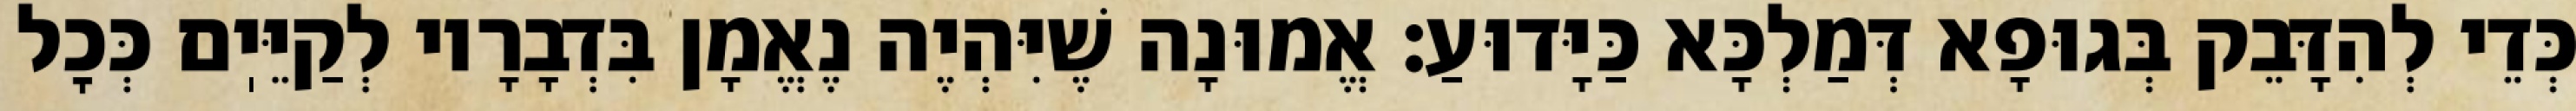
כְּדֵי לְהִדָּבֵק בְּגוּפָא דְּמַלְכָּא כַּיָּדוּעַ: אֱמוּנָה שֶׁיִּהְיֶה נֶאֱמָן בִּדְבָרָיו לְקַיֵּיֽם כְּכׇל